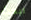
ابحث